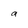
Character: a